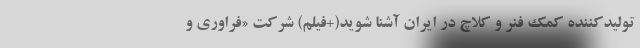
تولیدکننده کمک فنر و کلاچ در ایران آشنا شوید(+فیلم) شرکت «فراوری و